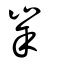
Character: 峷